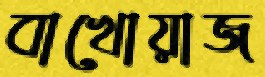
বাখোয়াজ